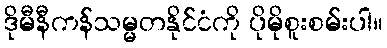
ဒိုမီနီကန်သမ္မတနိုင်ငံကို ပိုမိုစူးစမ်းပါ။